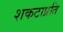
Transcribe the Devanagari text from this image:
शकटाप्रति